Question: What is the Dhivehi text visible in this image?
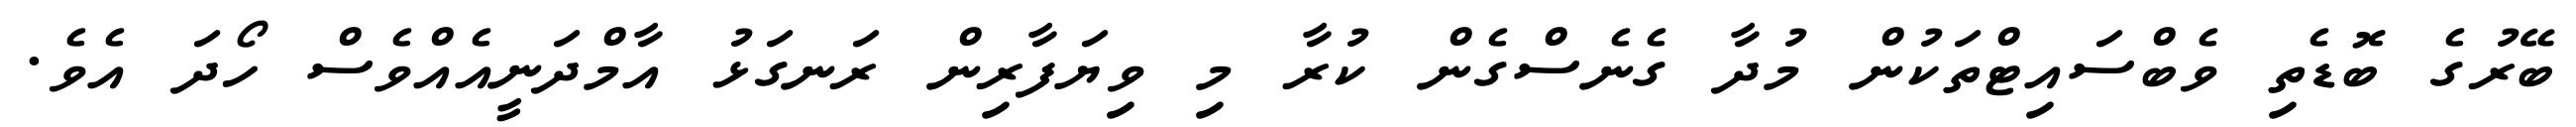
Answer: ބޭރުގެ ބޮޑެތި ވެބްސައިޓްތަކުން މުދާ ގެނެސްގެން ކުރާ މި ވިޔަފާރިން ރަނގަޅު އާމްދަނީއެއްވެސް ހޯދަ އެވެ.